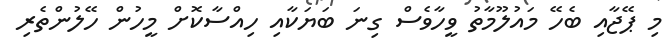
މި ޕޭޖާއި ބެހޭ މައުލޫމާތު ވީހާވެސް ގިނަ ބަޔަކާއި ހިއްސާކޮށް މީހުން ހޭލުންތެރި